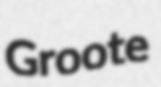
Groote